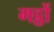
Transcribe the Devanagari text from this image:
गट्ठों